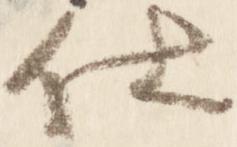
仕